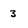
Character: 3